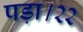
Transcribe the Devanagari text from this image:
पड़ा।२२